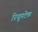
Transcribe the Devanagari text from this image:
रियूपटेक